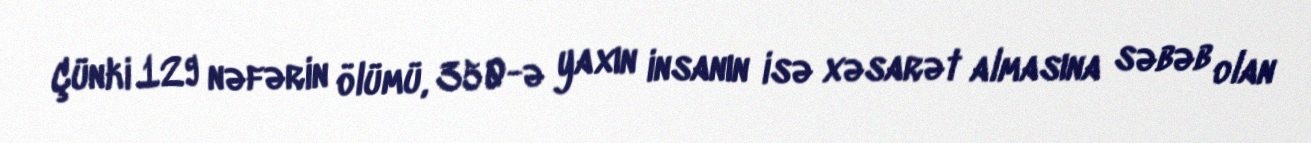
Çünki 129 nəfərin ölümü, 350-ə yaxın insanın isə xəsarət almasına səbəb olan